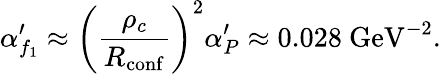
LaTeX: \alpha_{f_{1}}^{\prime}\approx\left(\frac{\rho_{c}}{R_{\mathrm{conf}}}\right)^{2}\alpha_{P}^{\prime}\approx 0.028\mathrm{~GeV}^{-2}.